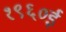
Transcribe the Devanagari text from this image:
१९६०ई